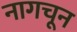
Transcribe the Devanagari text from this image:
नागचून